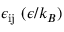
\epsilon _ { \mathrm { i j } } ~ ( \epsilon / k _ { B } )